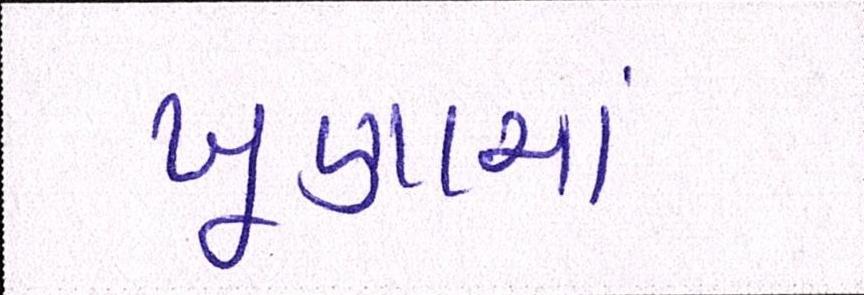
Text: ખૂણામાં